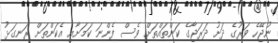
ނުޖޭހެ ވަރުގެ ދަށު ދަރަޖާގެ ކަންތައްތަށް ވެސް ފެންނަ ކަމަށާއި އެކަންތަށް ރަނގަޅު